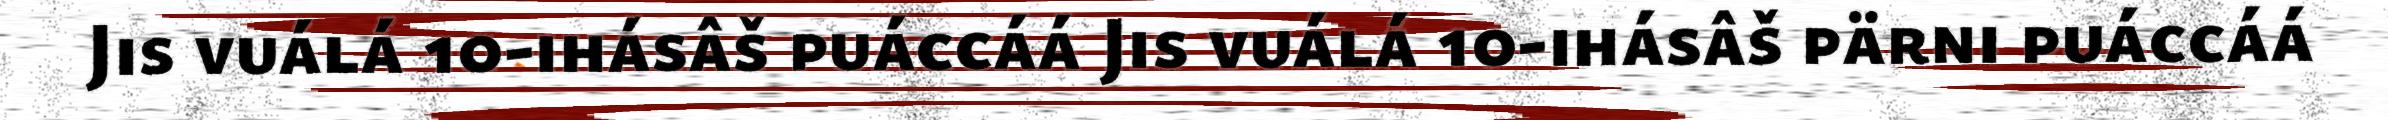
Jis vuálá 10-ihásâš puáccáá Jis vuálá 10-ihásâš pärni puáccáá